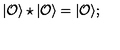
| { \cal O } \rangle \star | { \cal O } \rangle = | { \cal O } \rangle ;